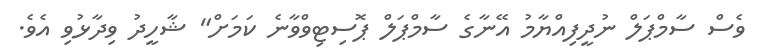
ވެސް ސާމްޕަލް ނުދީފިއްޔާމު އޭނާގެ ސާމްޕަލް ޕޮސިޓިވްވާނެ ކަމަށް" ޝާހީދު ވިދާޅުވި އެވެ.